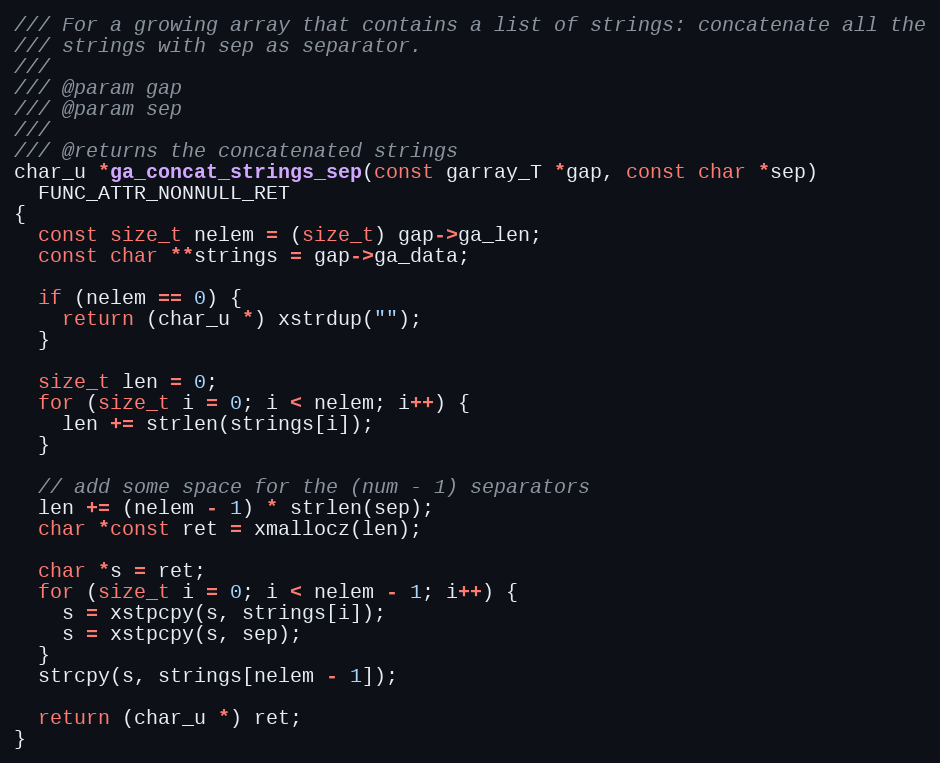
Language: C
/// For a growing array that contains a list of strings: concatenate all the
/// strings with sep as separator.
///
/// @param gap
/// @param sep
///
/// @returns the concatenated strings
char_u *ga_concat_strings_sep(const garray_T *gap, const char *sep)
  FUNC_ATTR_NONNULL_RET
{
  const size_t nelem = (size_t) gap->ga_len;
  const char **strings = gap->ga_data;

  if (nelem == 0) {
    return (char_u *) xstrdup("");
  }

  size_t len = 0;
  for (size_t i = 0; i < nelem; i++) {
    len += strlen(strings[i]);
  }

  // add some space for the (num - 1) separators
  len += (nelem - 1) * strlen(sep);
  char *const ret = xmallocz(len);

  char *s = ret;
  for (size_t i = 0; i < nelem - 1; i++) {
    s = xstpcpy(s, strings[i]);
    s = xstpcpy(s, sep);
  }
  strcpy(s, strings[nelem - 1]);

  return (char_u *) ret;
}